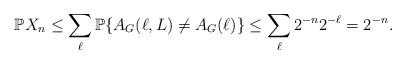
LaTeX: \begin{align*}\mathbb PX_n \le \sum_\ell \mathbb P\{A_G(\ell,L)\ne A_G(\ell)\}\le \sum_{\ell} 2^{-n}2^{-\ell}= 2^{-n}.\end{align*}